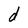
Character: d